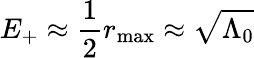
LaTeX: E_{+}\approx\frac{1}{2}r_{\mathrm{max}}\approx\sqrt{\Lambda_{0}}